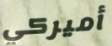
أميركي